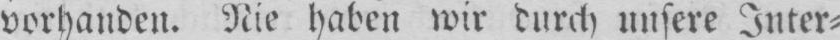
vorhanden. Nie haben wir durch unsere Inter⸗